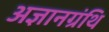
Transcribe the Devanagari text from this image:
अज्ञानग्रंथि